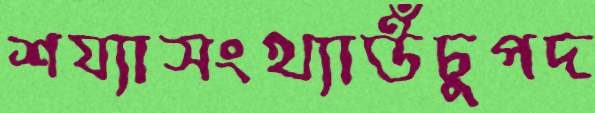
শয্যাসংখ্যাউঁচুপদ